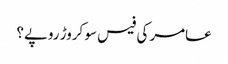
عامر کی فیس سو کروڑ روپے؟